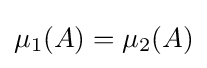
\mu _{1}(A)=\mu _{2}(A)